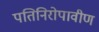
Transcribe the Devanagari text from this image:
पतिनिरोपावीण